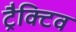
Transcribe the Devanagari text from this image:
ट्रैक्टिव